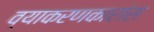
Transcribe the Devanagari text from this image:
व्याकरणकारांस